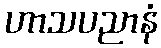
ဟာသပညာနံ